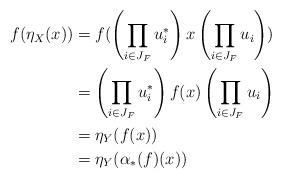
LaTeX: \begin{align*}f(\eta_{X}(x))&= f(\left(\prod_{i\in J_{F}} u^{*}_{i}\right) x \left(\prod_{i\in J_{F}} u_{i}\right))\\&= \left(\prod_{i\in J_{F}} u^{*}_{i}\right) f(x) \left(\prod_{i\in J_{F}} u_{i}\right)\\&=\eta_{Y}(f(x))\\&=\eta_{Y}(\alpha_{*}(f)(x))\\\end{align*}